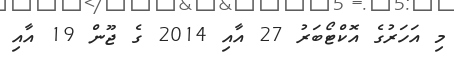
މި އަހަރުގެ އޮކްޓޯބަރު 27 އާއި 2014 ގެ ޖޫން 19 އާއި